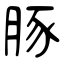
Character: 豚